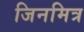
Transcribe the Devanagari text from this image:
जिनमित्र